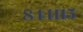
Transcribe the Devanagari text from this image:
८४४११५